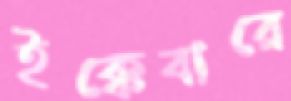
ইক্কেবারে